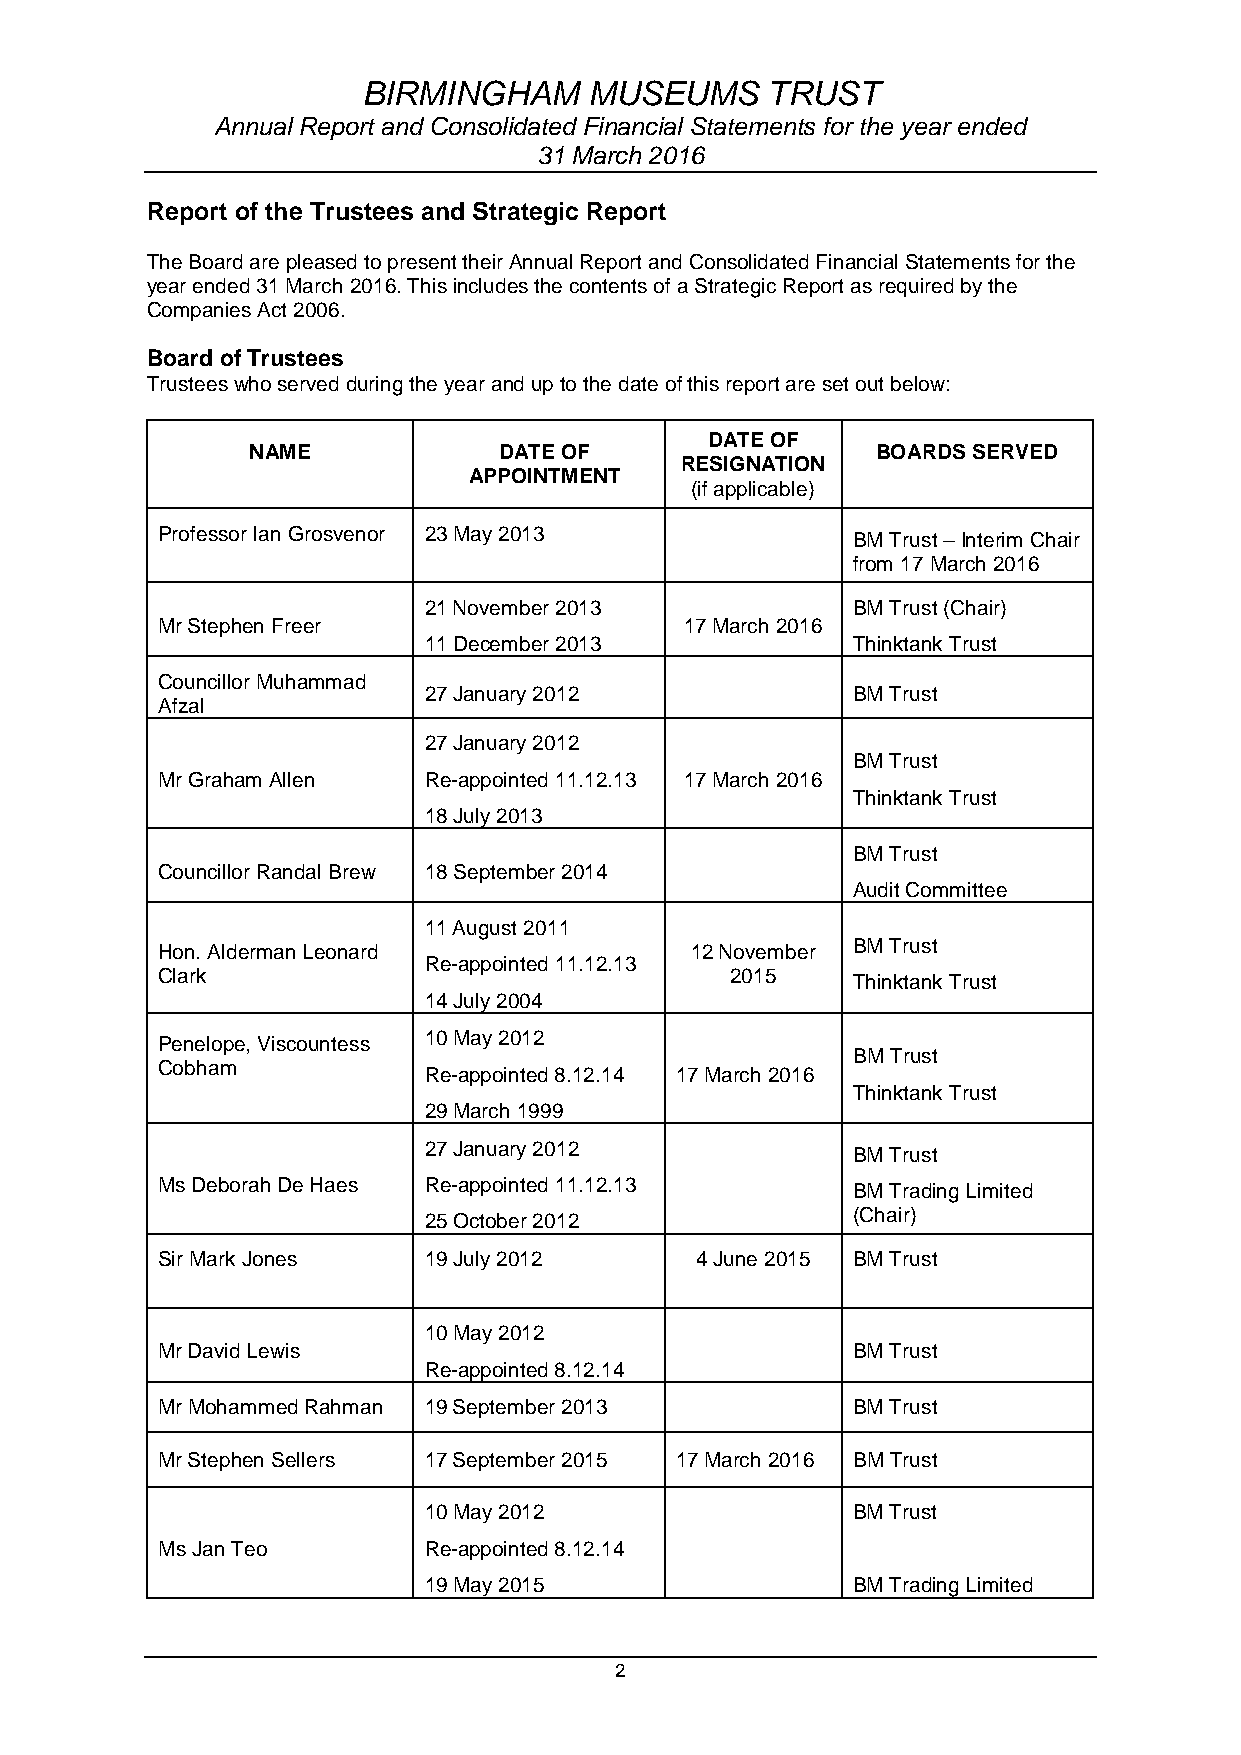
BIRMINGHAM     MUSEUMS     TRUST
 Annual Report and Consolidated Financial Statements for the year ended
 31 March 2016
 Report of the Trustees and Strategic Report
 The Board are pleased to present their Annual Report and Consolidated Financial Statements for the
 year ended 31 March 2016. This includes the contents of a Strategic Report as required by the
 Companies Act 2006.
 Board of Trustees
 Trustees who served during the year and up to the date of this report are set out below:
 DATE OF
 NAME            DATE OF                  BOARDS SERVED
 RESIGNATION
 APPOINTMENT
 (if applicable)
 Professor Ian Grosvenor 23 May 2013           BM Trust – Interim Chair
 from 17 March 2016
 21 November 2013            BM Trust (Chair)
 Mr Stephen Freer                   17 March 2016
 11 December 2013            Thinktank Trust
 Councillor Muhammad
 27 January 2012             BM Trust
 Afzal
 27 January 2012
 BM Trust
 Mr Graham Allen   Re-appointed 11.12.13 17 March 2016
 Thinktank Trust
 18 July 2013
 BM Trust
 Councillor Randal Brew 18 September 2014
 Audit Committee
 11 August 2011
 Hon. Alderman Leonard               12 November BM Trust
 Re-appointed 11.12.13
 Clark                                 2015    Thinktank Trust
 14 July 2004
 Penelope, Viscountess 10 May 2012
 BM Trust
 Cobham            Re-appointed 8.12.14 17 March 2016
 Thinktank Trust
 29 March 1999
 27 January 2012             BM Trust
 Ms Deborah De Haes Re-appointed 11.12.13      BM Trading Limited
 25 October 2012             (Chair)
 Sir Mark Jones    19 July 2012      4 June 2015 BM Trust
 10 May 2012
 Mr David Lewis                                BM Trust
 Re-appointed 8.12.14
 Mr Mohammed Rahman 19 September 2013          BM Trust
 Mr Stephen Sellers 17 September 2015 17 March 2016 BM Trust
 10 May 2012                 BM Trust
 Ms Jan Teo        Re-appointed 8.12.14
 19 May 2015                 BM Trading Limited
 2